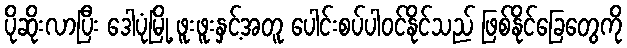
ပိုဆိုးလာပြီး ဒေါပုံမြို့ ဖူးဖူးနှင့်အတူ ပေါင်းစပ်ပါဝင်နိုင်သည် ဖြစ်နိုင်ခြေတွေကို